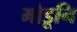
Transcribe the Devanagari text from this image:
मोडूनि